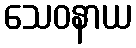
သေဝနာယ